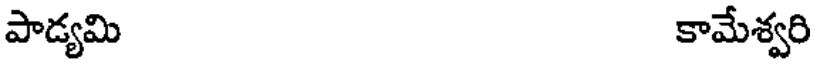
పాడ్యమి కామేశ్వరి